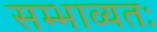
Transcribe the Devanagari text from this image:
सम्भाव्यतः